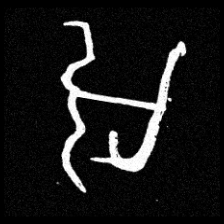
Pyu character \u2014 Myanmar letter: အ (romanized: a)